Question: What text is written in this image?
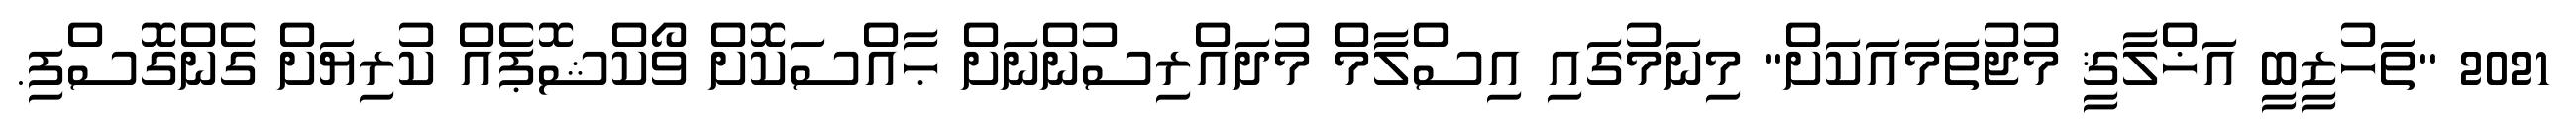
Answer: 2021 "ތަހުޒީބީ އަޚްލާޤީ މުޖުތަމައަކަށް" މިނަމުގައި އިސްލާމް މުދައްރިސުންނަށް ޙާއްސަކޮށް ވޯކްޝޮޕެއް ކުރިޔަށް ގެންގޮސްފި.